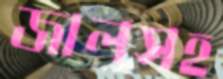
জালসহ